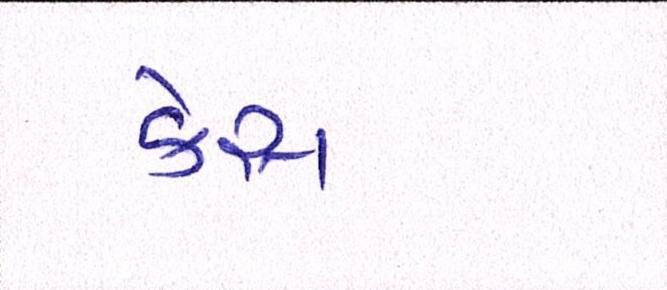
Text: કેસ